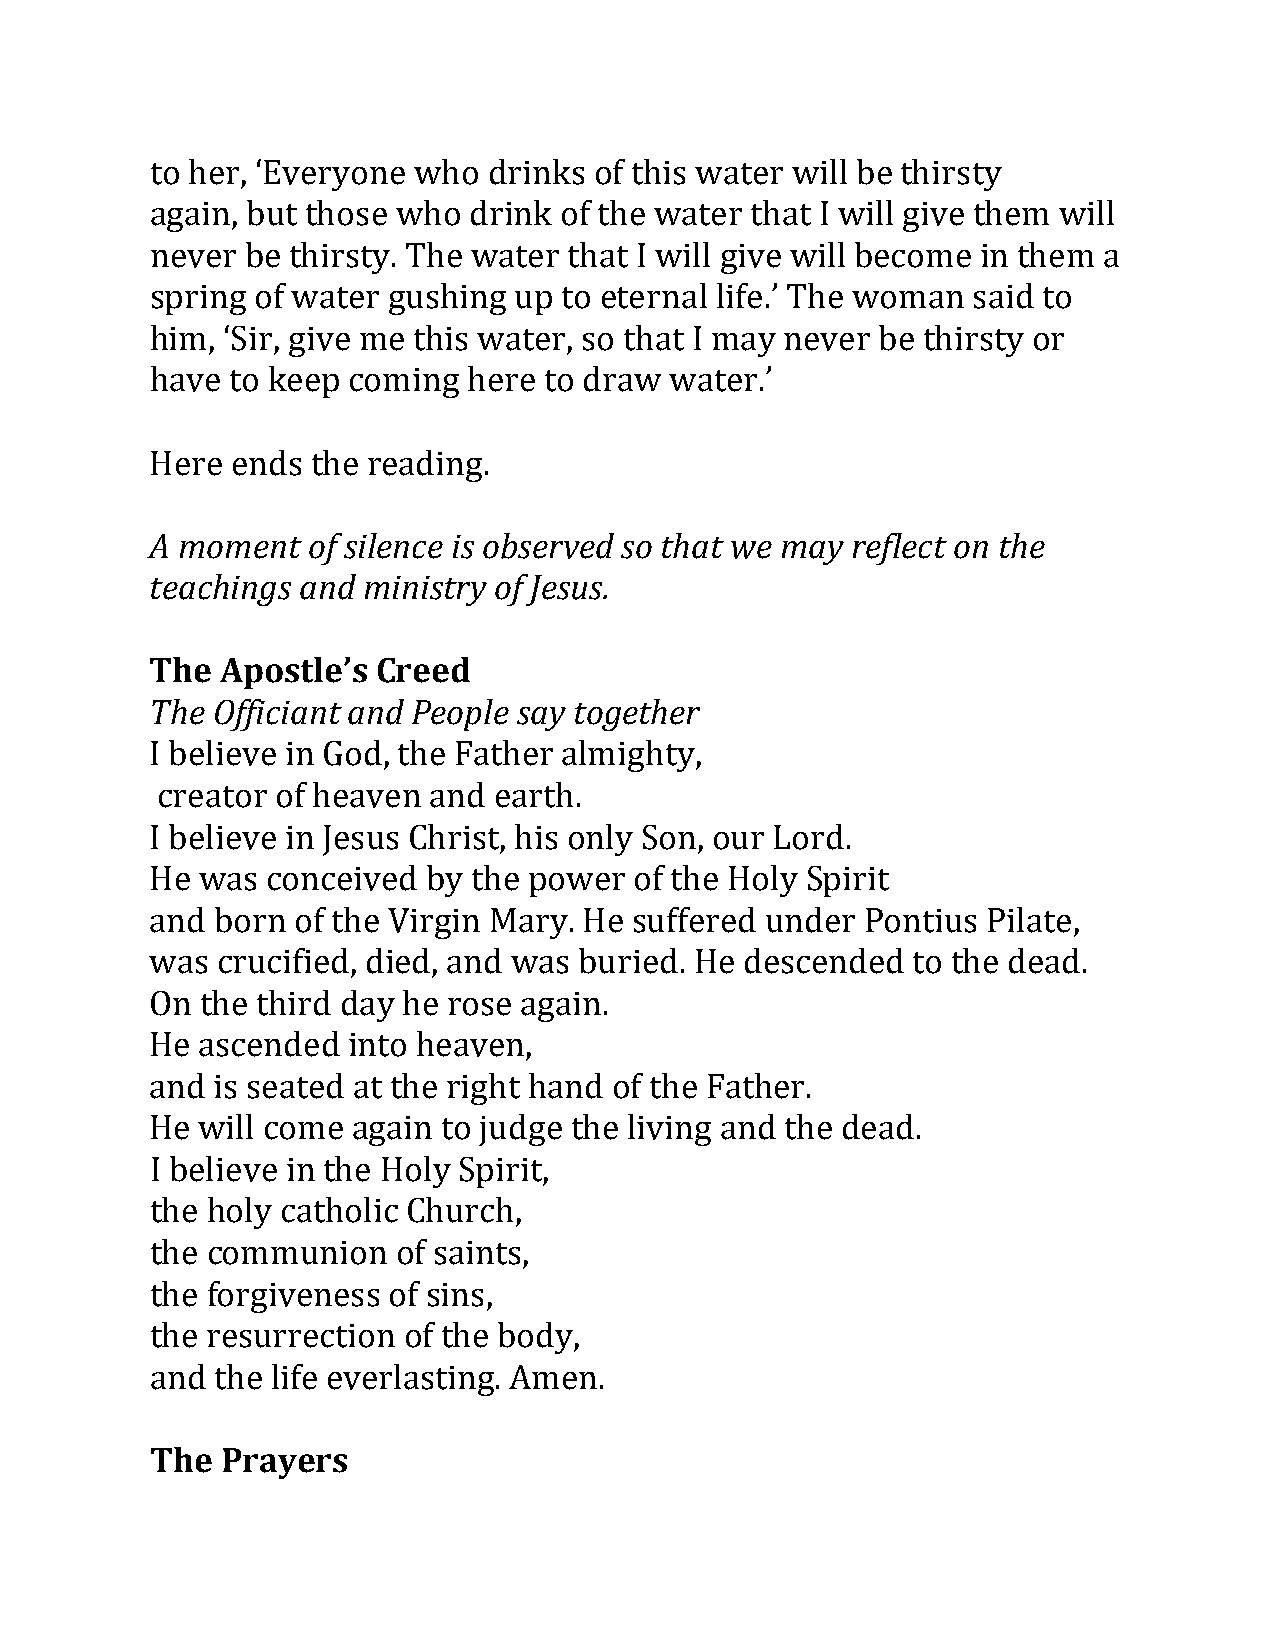
to her, ‘Everyone who drinks of this water will be thirsty
 again, but those who drink of the water that I will give them will
 never be thirsty. The water that I will give will become in them a
 spring of water gushing up to eternal life.’ The woman said to
 him, ‘Sir, give me this water, so that I may never be thirsty or
 have to keep coming  here to draw water.’
 HA emreo menednst othf esi rleenacdei nisg o. bserved so that we may reflect on the
 t eachings and ministry of Jesus.
 The  Apostle’s Creed
 The Officiant and People say together
 I believe in God, the Father almighty,
 creator of heaven and  earth.
 I believe in Jesus Christ, his only Son, our Lord.
 He was  conceived by the power  of the Holy Spirit
 and born of the Virgin Mary. He suffered under Pontius Pilate,
 was crucified, died, and was buried. He descended to the dead.
 On the third day he rose again.
 He ascended  into heaven,
 and is seated at the right hand of the Father.
 He will come again to judge the living and the dead.
 I believe in the Holy Spirit,
 the holy catholic Church,
 the communion   of saints,
 the forgiveness of sins,
 the resurrection of the body,
 and the life everlasting. Amen.
 The  Prayers